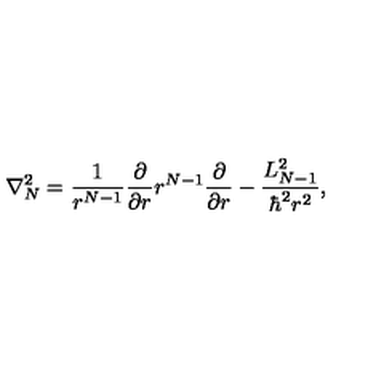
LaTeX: \nabla _ { N } ^ { 2 } = \frac { 1 } { r ^ { N - 1 } } \frac { \partial } { \partial r } r ^ { N - 1 } \frac { \partial } { \partial r } - \frac { L _ { N - 1 } ^ { 2 } } { \hbar ^ { 2 } r ^ { 2 } } ,